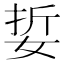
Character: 娎